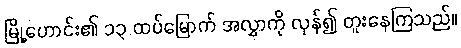
မြို့ဟောင်း၏ ၁၃ ထပ်မြောက် အလွှာကို လှန်၍ တူးနေကြသည်။